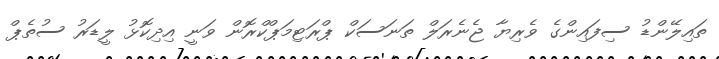
ތައިލޭންޑު ސިފައިންގެ ވެރިޔާ ޖެނެރަލް ތަނަސަކް ޕްރަޓިމަޕްކްރޮން ވަނީ އިދިކޮޅު ލީޑަރު ސުތެޕް